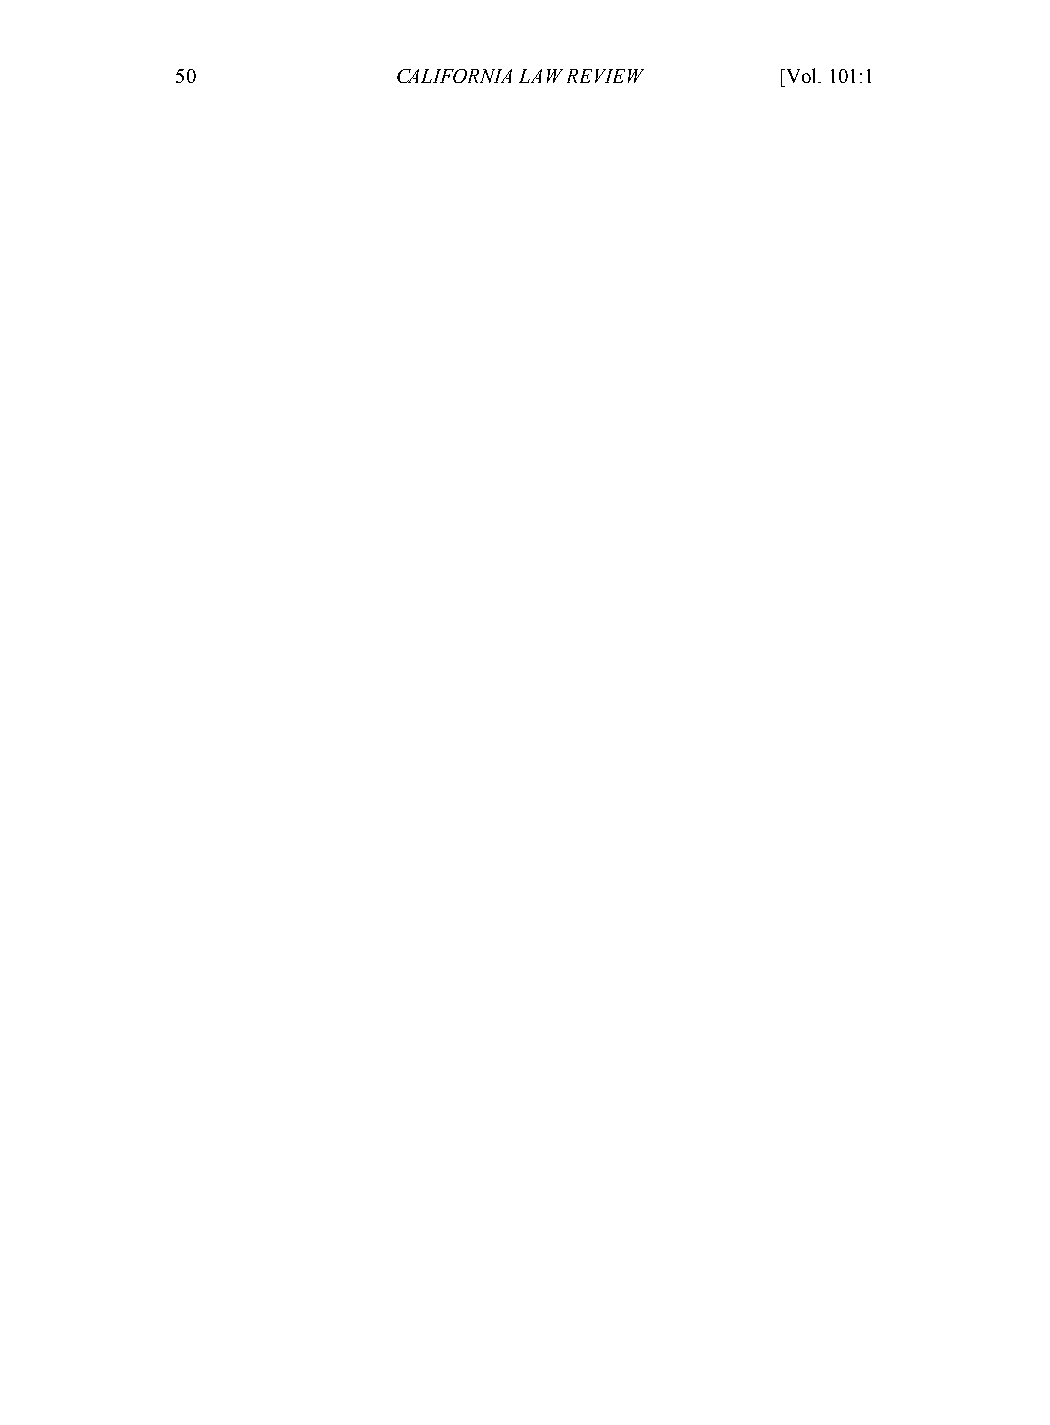
01-HartzogStutzman (Do Not Delete)    2/18/2013 2:33:22 PM
 50             CALIFORNIA LAW REVIEW    [Vol. 101:1